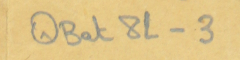
QBat8L-3